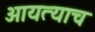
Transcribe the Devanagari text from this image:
आयत्याच